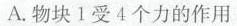
A. 物块 1 受 4 个力的作用